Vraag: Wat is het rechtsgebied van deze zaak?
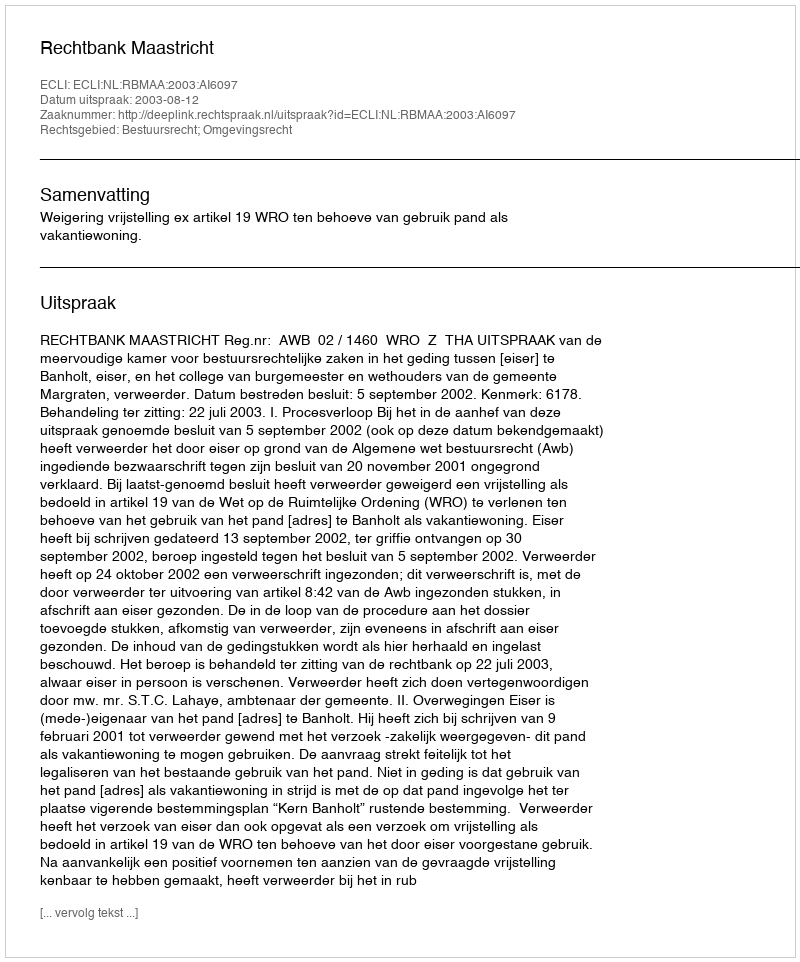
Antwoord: Bestuursrecht; Omgevingsrecht